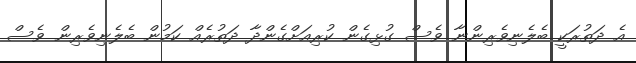
އެ ދަތުރަކީ ބެލެނިވެރިންނާ ވެސް ގުޅިގެން ކުރިއަށްގެންދާ ދަތުރެއް ކަމުން ބެލެނިވެރިން ވެސް